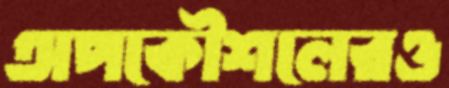
অপকৌশলেরও